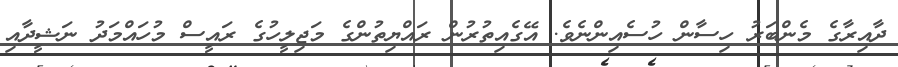
ދާއިރާގެ މެންބަރު ހިސާން ހުސެއިންނެވެ. އޭގެއިތުރުން ރައްޔިތުންގެ މަޖިލީހުގެ ރައީސް މުހައްމަދު ނަޝީދާއި